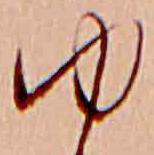
ゆ